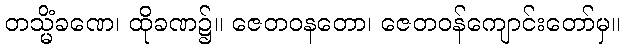
တသ္မိံခဏေ၊ ထိုခဏ၌။ ဇေတဝနတော၊ ဇေတဝန်ကျောင်းတော်မှ။